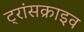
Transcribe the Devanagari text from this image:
ट्रांसक्राइव